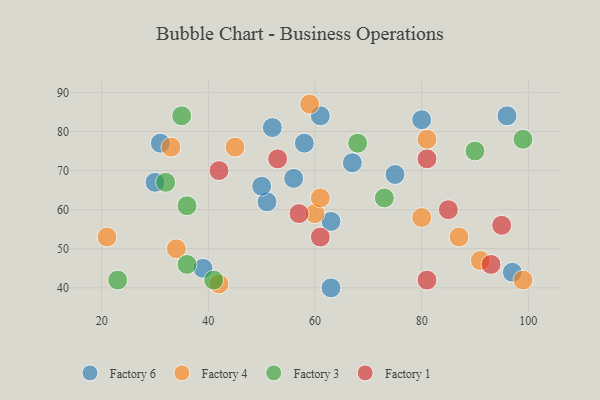
{"axis": {"x": "GDP", "y": "Life Expectancy"}, "legend": ["Factory 1", "Factory 3", "Factory 4", "Factory 6"], "data": [{"x": "63", "y": 57, "type": "Factory 6"}, {"x": "75", "y": 69, "type": "Factory 6"}, {"x": "97", "y": 44, "type": "Factory 6"}, {"x": "61", "y": 84, "type": "Factory 6"}, {"x": "51", "y": 62, "type": "Factory 6"}, {"x": "50", "y": 66, "type": "Factory 6"}, {"x": "80", "y": 83, "type": "Factory 6"}, {"x": "67", "y": 72, "type": "Factory 6"}, {"x": "58", "y": 77, "type": "Factory 6"}, {"x": "96", "y": 84, "type": "Factory 6"}, {"x": "63", "y": 40, "type": "Factory 6"}, {"x": "56", "y": 68, "type": "Factory 6"}, {"x": "39", "y": 45, "type": "Factory 6"}, {"x": "52", "y": 81, "type": "Factory 6"}, {"x": "31", "y": 77, "type": "Factory 6"}, {"x": "30", "y": 67, "type": "Factory 6"}, {"x": "59", "y": 87, "type": "Factory 4"}, {"x": "45", "y": 76, "type": "Factory 4"}, {"x": "33", "y": 76, "type": "Factory 4"}, {"x": "81", "y": 78, "type": "Factory 4"}, {"x": "60", "y": 59, "type": "Factory 4"}, {"x": "21", "y": 53, "type": "Factory 4"}, {"x": "87", "y": 53, "type": "Factory 4"}, {"x": "61", "y": 63, "type": "Factory 4"}, {"x": "91", "y": 47, "type": "Factory 4"}, {"x": "34", "y": 50, "type": "Factory 4"}, {"x": "80", "y": 58, "type": "Factory 4"}, {"x": "42", "y": 41, "type": "Factory 4"}, {"x": "99", "y": 42, "type": "Factory 4"}, {"x": "23", "y": 42, "type": "Factory 3"}, {"x": "68", "y": 77, "type": "Factory 3"}, {"x": "35", "y": 84, "type": "Factory 3"}, {"x": "90", "y": 75, "type": "Factory 3"}, {"x": "32", "y": 67, "type": "Factory 3"}, {"x": "73", "y": 63, "type": "Factory 3"}, {"x": "36", "y": 46, "type": "Factory 3"}, {"x": "36", "y": 61, "type": "Factory 3"}, {"x": "99", "y": 78, "type": "Factory 3"}, {"x": "41", "y": 42, "type": "Factory 3"}, {"x": "81", "y": 73, "type": "Factory 1"}, {"x": "53", "y": 73, "type": "Factory 1"}, {"x": "85", "y": 60, "type": "Factory 1"}, {"x": "42", "y": 70, "type": "Factory 1"}, {"x": "95", "y": 56, "type": "Factory 1"}, {"x": "61", "y": 53, "type": "Factory 1"}, {"x": "93", "y": 46, "type": "Factory 1"}, {"x": "57", "y": 59, "type": "Factory 1"}, {"x": "81", "y": 42, "type": "Factory 1"}]}